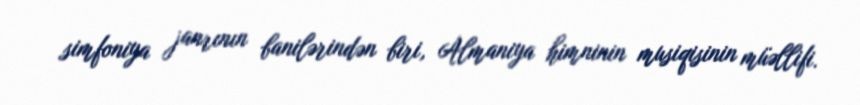
simfoniya janrının banilərindən biri, Almaniya himninin musiqisinin müəllifi.